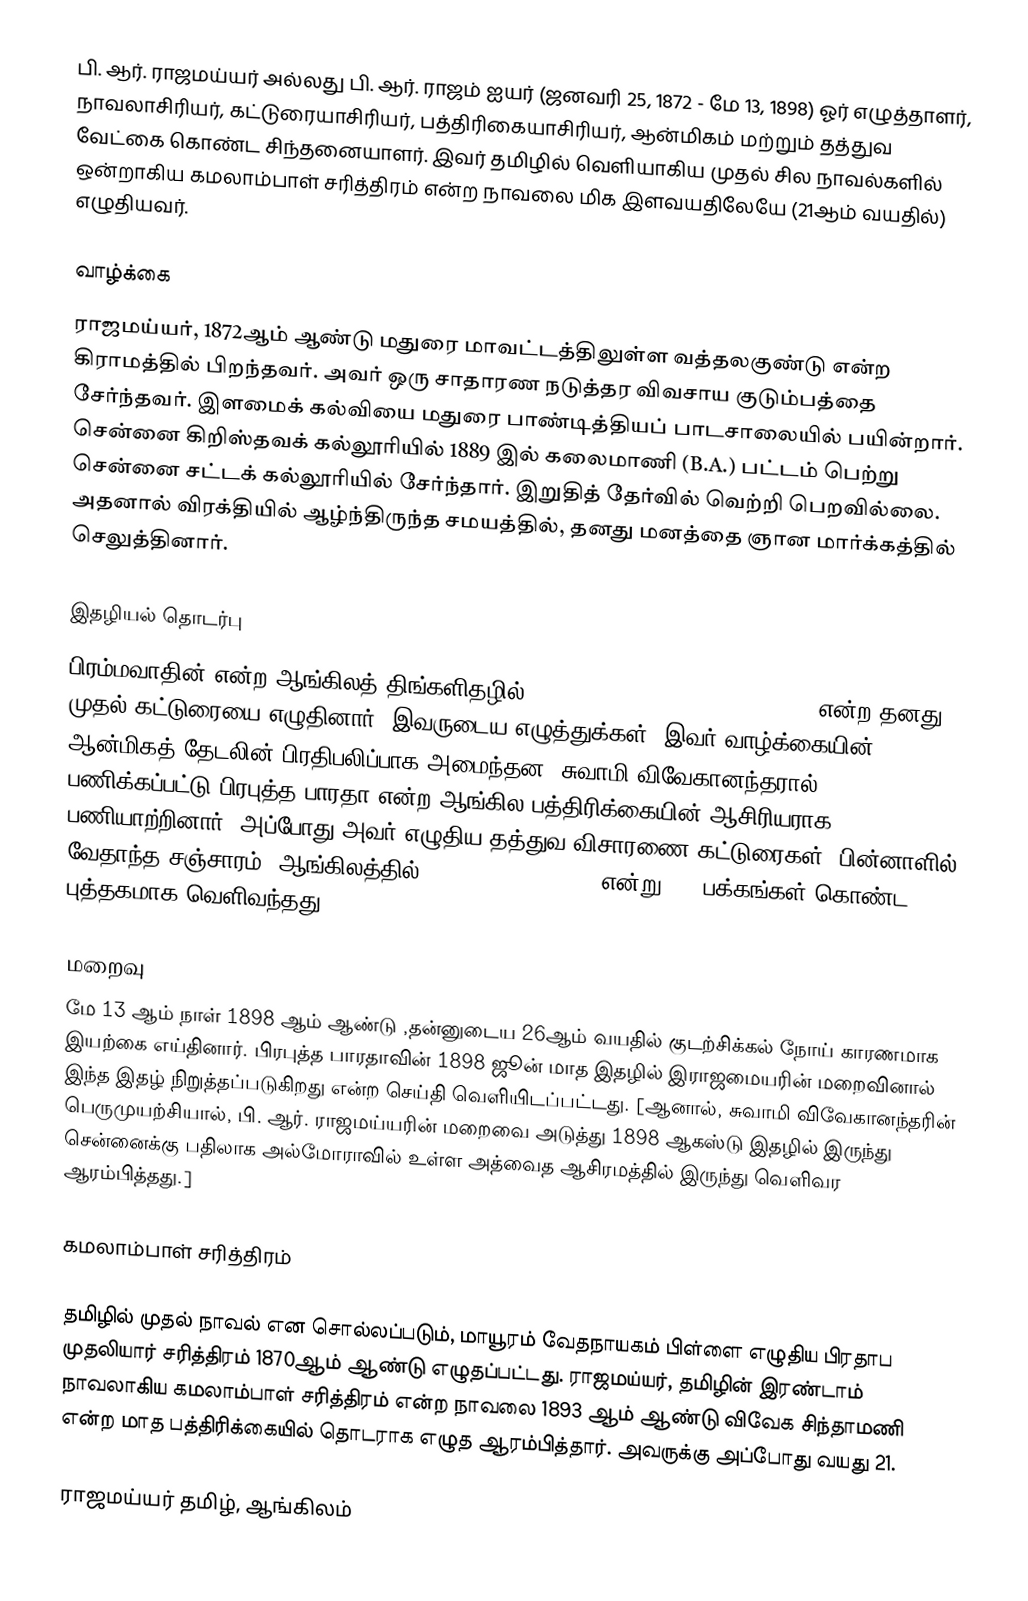
பி. ஆர். ராஜமய்யர் அல்லது பி. ஆர். ராஜம் ஐயர் (ஜனவரி 25, 1872 - மே 13, 1898) ஓர் எழுத்தாளர், நாவலாசிரியர், கட்டுரையாசிரியர், பத்திரிகையாசிரியர், ஆன்மிகம் மற்றும் தத்துவ வேட்கை கொண்ட சிந்தனையாளர். இவர் தமிழில் வெளியாகிய முதல் சில நாவல்களில் ஒன்றாகிய கமலாம்பாள் சரித்திரம் என்ற நாவலை மிக இளவயதிலேயே (21ஆம் வயதில்) எழுதியவர்.

வாழ்க்கை
ராஜமய்யர், 1872ஆம் ஆண்டு மதுரை மாவட்டத்திலுள்ள வத்தலகுண்டு என்ற கிராமத்தில் பிறந்தவர். அவர் ஒரு சாதாரண நடுத்தர விவசாய குடும்பத்தை சேர்ந்தவர். இளமைக் கல்வியை மதுரை பாண்டித்தியப் பாடசாலையில் பயின்றார். சென்னை கிறிஸ்தவக் கல்லூரியில் 1889 இல் கலைமாணி (B.A.) பட்டம் பெற்று சென்னை சட்டக் கல்லூரியில் சேர்ந்தார். இறுதித் தேர்வில் வெற்றி பெறவில்லை. அதனால் விரக்தியில் ஆழ்ந்திருந்த சமயத்தில், தனது மனத்தை ஞான மார்க்கத்தில் செலுத்தினார்.

இதழியல் தொடர்பு
பிரம்மவாதின் என்ற ஆங்கிலத் திங்களிதழில் Man his littleness and greatness என்ற தனது முதல் கட்டுரையை எழுதினார். இவருடைய எழுத்துக்கள், இவர் வாழ்க்கையின் ஆன்மிகத் தேடலின் பிரதிபலிப்பாக அமைந்தன. சுவாமி விவேகானந்தரால் பணிக்கப்பட்டு பிரபுத்த பாரதா என்ற ஆங்கில பத்திரிக்கையின் ஆசிரியராக பணியாற்றினார். அப்போது அவர் எழுதிய தத்துவ விசாரணை கட்டுரைகள், பின்னாளில் வேதாந்த சஞ்சாரம் (ஆங்கிலத்தில் Rambles in Vedanta) என்று 900 பக்கங்கள் கொண்ட புத்தகமாக வெளிவந்தது.

மறைவு
மே 13 ஆம் நாள்  1898 ஆம் ஆண்டு  ,தன்னுடைய 26ஆம் வயதில் குடற்சிக்கல் நோய் காரணமாக இயற்கை எய்தினார். பிரபுத்த பாரதாவின் 1898 ஜூன் மாத இதழில் இராஜமையரின் மறைவினால் இந்த இதழ் நிறுத்தப்படுகிறது என்ற செய்தி வெளியிடப்பட்டது. [ஆனால், சுவாமி விவேகானந்தரின் பெருமுயற்சியால், பி. ஆர். ராஜமய்யரின் மறைவை அடுத்து 1898 ஆகஸ்டு இதழில் இருந்து சென்னைக்கு பதிலாக அல்மோராவில் உள்ள அத்வைத ஆசிரமத்தில் இருந்து வெளிவர ஆரம்பித்தது.]

கமலாம்பாள் சரித்திரம்

தமிழில் முதல் நாவல் என சொல்லப்படும், மாயூரம் வேதநாயகம் பிள்ளை எழுதிய பிரதாப முதலியார் சரித்திரம் 1870ஆம் ஆண்டு எழுதப்பட்டது. ராஜமய்யர், தமிழின் இரண்டாம் நாவலாகிய கமலாம்பாள் சரித்திரம் என்ற நாவலை 1893 ஆம் ஆண்டு விவேக சிந்தாமணி என்ற மாத பத்திரிக்கையில் தொடராக எழுத ஆரம்பித்தார். அவருக்கு அப்போது வயது 21.

ராஜமய்யர் தமிழ், ஆங்கிலம்